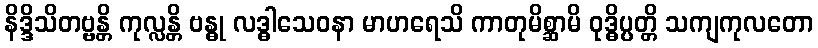
နိဒ္ဒိသိတဗ္ဗန္တိ ကုလ္လန္တိ ဗန္ဓု လဒ္ဓါသေဝနာ မာဟရေသိ ကာတုမိစ္ဆာမိ ဝုဒ္ဓိပ္ပတ္တိ သကျကုလတော